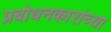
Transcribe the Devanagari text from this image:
प्रबोधनकारांच्या